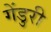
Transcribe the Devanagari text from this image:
गेंडुरी